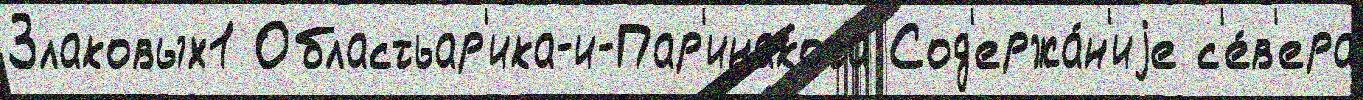
Злаковых1 Областьар'ика-и-Пар'инакота Сод'ержа́н'иjе с'е́в'ера